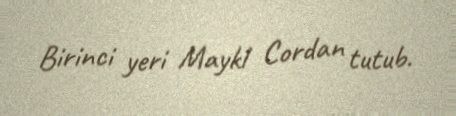
Birinci yeri Maykl Cordan tutub.